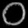
Digit: ၀